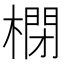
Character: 𣘥